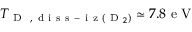
T _ { \mathrm { ~ D ~ } \mathrm { ~ , ~ d ~ i ~ s ~ s ~ - ~ i ~ z ~ } \left( \mathrm { ~ D ~ } _ { 2 } \right) } \simeq 7 . 8 \mathrm { ~ e ~ V ~ }